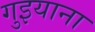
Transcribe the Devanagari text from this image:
गुइयाना